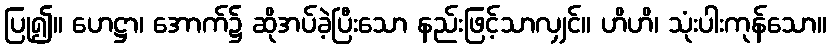
ပြု၍။ ဟေဋ္ဌာ၊ အောက်၌ ဆိုအပ်ခဲ့ပြီးသော နည်းဖြင့်သာလျှင်။ ဟိဟိ၊ သုံးပါးကုန်သော။